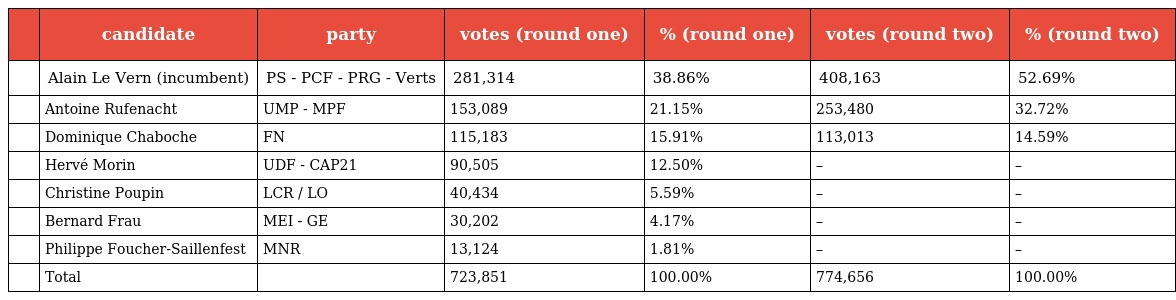
|  | candidate | party | votes (round one) | % (round one) | votes (round two) | % (round two) |
 | --- | --- | --- | --- | --- | --- | --- |
 |  | Alain Le Vern (incumbent) | PS - PCF - PRG - Verts | 281,314 | 38.86% | 408,163 | 52.69% |
 |  | Antoine Rufenacht | UMP - MPF | 153,089 | 21.15% | 253,480 | 32.72% |
 |  | Dominique Chaboche | FN | 115,183 | 15.91% | 113,013 | 14.59% |
 |  | Hervé Morin | UDF - CAP21 | 90,505 | 12.50% | – | – |
 |  | Christine Poupin | LCR / LO | 40,434 | 5.59% | – | – |
 |  | Bernard Frau | MEI - GE | 30,202 | 4.17% | – | – |
 |  | Philippe Foucher-Saillenfest | MNR | 13,124 | 1.81% | – | – |
 |  | Total |  | 723,851 | 100.00% | 774,656 | 100.00% |